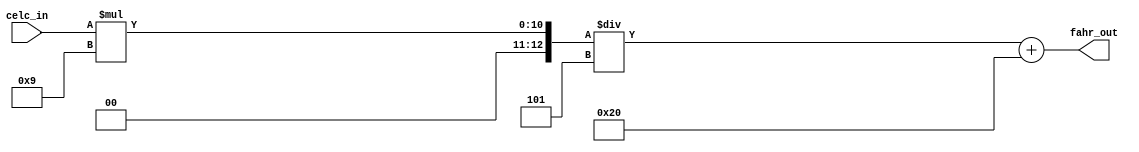
/***** Obarey Inc. *****/   
`timescale 1ns / 1ps
module hw_2(celc_in, fahr_out);
    input[6:0] celc_in;
    output[12:0] fahr_out;
    parameter celc_divider = 3'd5;
    parameter fahr_constant = 6'd32;
    parameter fahr_divider = 4'd9;
    assign fahr_out = celc_in * fahr_divider / celc_divider + fahr_constant;
endmodule